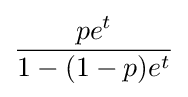
{\frac {pe^{t}}{1-(1-p)e^{t}}}